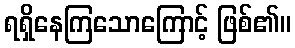
ရရှိနေကြသောကြောင့် ဖြစ်၏။